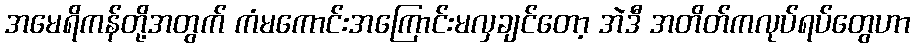
အမေရိကန်တို့အတွက် ကံမကောင်းအကြောင်းမလှချင်တော့ အဲဒီ အတိတ်ကလုပ်ရပ်တွေဟာ